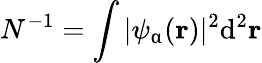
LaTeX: N^{-1}=\int|\psi_{\upalpha}(\textbf{r})|^{2}\mathrm{d^{2}}\textbf{r}